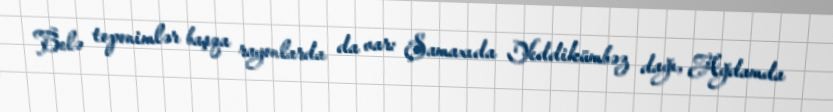
Belə toponimlər başqa rayonlarda da var: Şamaxıda Yeddikümbəz dağı, Ağdamda